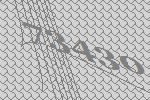
73430